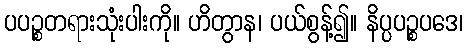
ပပဉ္စတရားသုံးပါးကို။ ဟိတွာန၊ ပယ်စွန့်၍။ နိပ္ပပဉ္စပဒေ၊